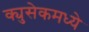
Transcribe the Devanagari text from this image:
क्युसेकमध्ये